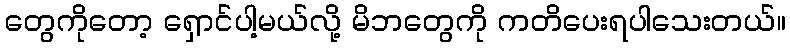
တွေကိုတော့ ရှောင်ပါ့မယ်လို့ မိဘတွေကို ကတိပေးရပါသေးတယ်။